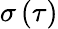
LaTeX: \sigma\left(\tau\right)